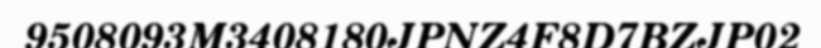
9508093M3408180JPNZ4F8D7BZJP02